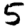
Digit: 5